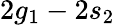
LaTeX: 2g_{1}-2s_{2}